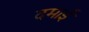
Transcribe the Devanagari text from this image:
दमाई